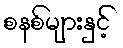
စနစ်များနှင့်